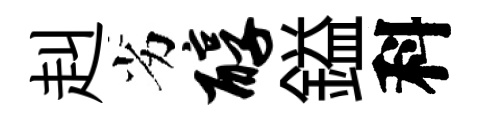
赳劣醇鎰科